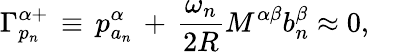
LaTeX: \Gamma_{p_{n}}^{\alpha+}\, \equiv\, p_{a_{n}}^{\alpha}\, +\, \frac{\omega_{n}}{2R}M^{\alpha\beta}b_{n}^{\beta}\approx 0,\, \, \, \, \, \, \,